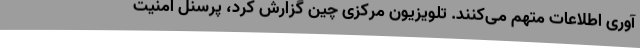
آوری اطلاعات متهم می‌کنند. تلویزیون مرکزی چین گزارش کرد، پرسنل امنیت